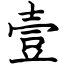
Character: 壹